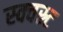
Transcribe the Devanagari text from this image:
स्क्वस्र्ट